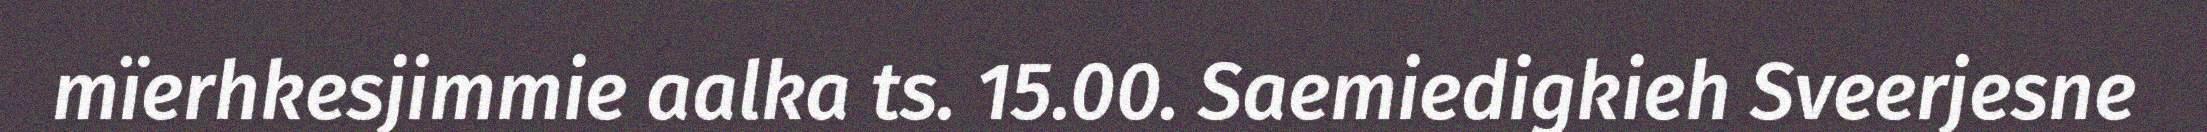
mïerhkesjimmie aalka ts. 15.00. Saemiedigkieh Sveerjesne